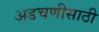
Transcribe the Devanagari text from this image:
अडचणीसाठी